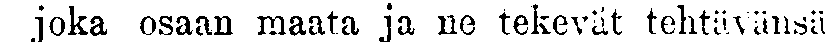
joka osaan maata ja ne tekevät tehtävänsä